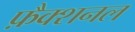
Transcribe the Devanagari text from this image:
फ़ैक्शनल